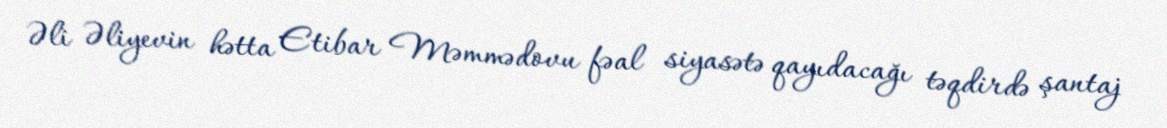
Əli Əliyevin hətta Etibar Məmmədovu fəal siyasətə qayıdacağı təqdirdə şantaj